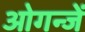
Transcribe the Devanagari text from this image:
ओगन्जें